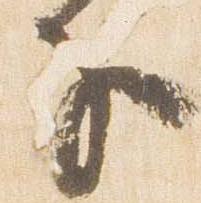
子